Newspaper: Wood River times. [volume]
Place of publication: Hailey, Idaho
Publisher: T.E. Picotte
Date: 1890-12-29 00:00:00
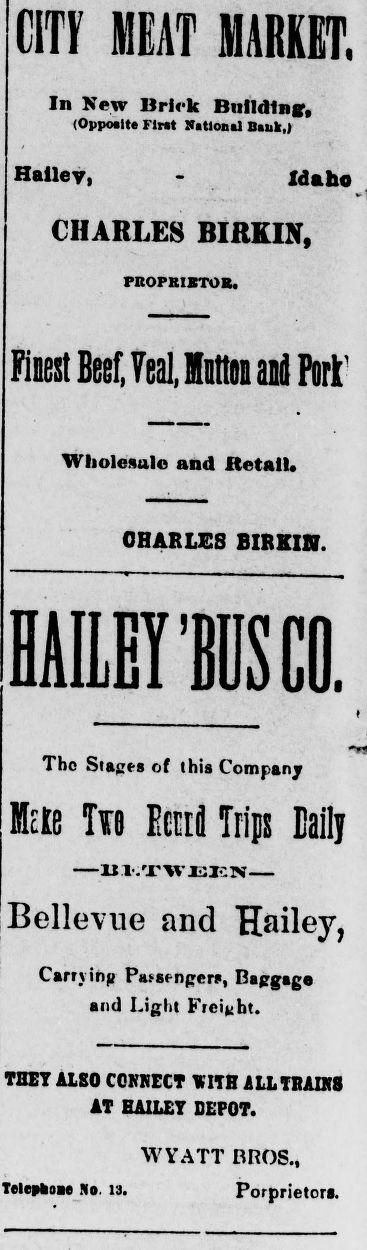
Advertisement text (OCR):
CUT MEAT MARKET, In New Brick Building, (Opposite First National Bank,) Hailey, - Idaho CHARLES BlitKIN, PROPRIETOR, Wholesale and Retail* CHARLES BIRKIN. The Stages of this Company Mete Tw EcttS Trips Daily -H l .'X'W EICN Bellevue and Hailey, Carryihg Passengers, Baggage and Light Freight. THEY ALSO CONNECT KITH ALL TRAINS AT BAILEY DEPOT. Telephoac Me. is. WYATT BROS., Porprietorfi.
Label: text-only